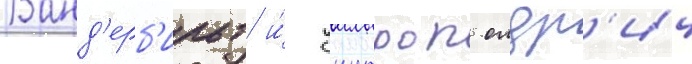
Ванд'ерб'ильт и́ уинтроп олдр'ич